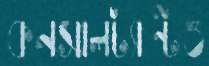
কনসালট্যান্টও